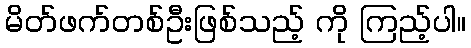
မိတ်ဖက်တစ်ဦးဖြစ်သည့် ကို ကြည့်ပါ။